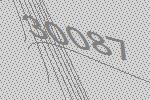
30087